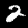
Digit: 2